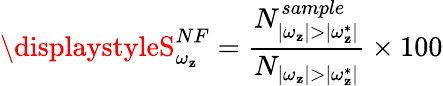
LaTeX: \displaystyleS_{\omega_{\mathbf{z}}}^{NF}=\frac{{N_{|\omega_{\mathbf{z}}|>|\omega_{\mathbf{z}}^{*}|}^{sample}}}{{N_{|\omega_{\mathbf{z}}|>|\omega_{\mathbf{z}}^{*}|}}}\times100